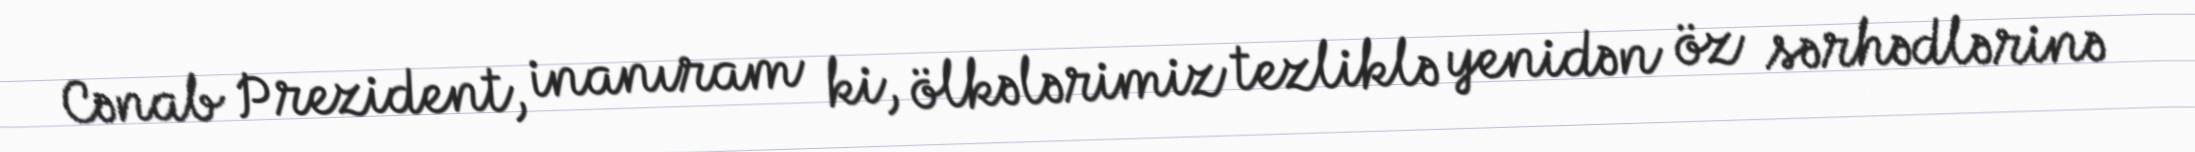
Cənab Prezident, inanıram ki, ölkələrimiz tezliklə yenidən öz sərhədlərinə